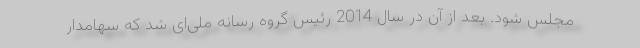
مجلس شود. بعد از آن در سال 2014 رئیس گروه رسانه‌ ملی‌ای شد که سهامدار